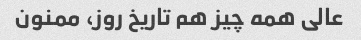
عالی همه چیز هم تاریخ روز، ممنون